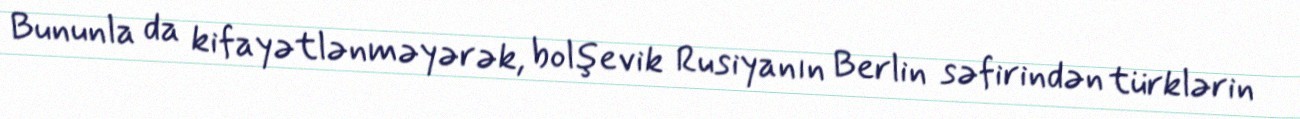
Bununla da kifayətlənməyərək, bolşevik Rusiyanın Berlin səfirindən türklərin